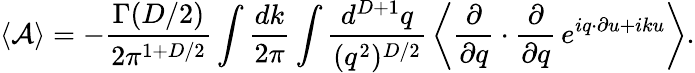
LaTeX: \langle{\cal A}\rangle=-\frac{\Gamma(D/2)}{2\pi^{1+D/2}}\int\frac{dk}{2\pi}\int\frac{d^{D+1}q}{(q^{2})^{D/2}}\, \left\langle\frac{\partial}{\partial q}\cdot\frac{\partial}{\partial q}\, e^{iq\cdot\partial u+iku}\right\rangle.